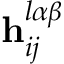
\mathbf { h } _ { i j } ^ { l \alpha \beta }